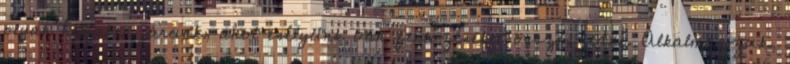
olyan helyeken járunk, ahol esélyünk van fertőzéseket összeszedni. Alkalmazzuk,